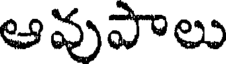
ఆవుపాలు